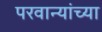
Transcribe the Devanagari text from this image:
परवान्यांच्या